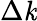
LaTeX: \Delta\mathit{k}